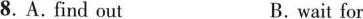
8.A.find out B. wait for